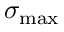
\sigma _ { \mathrm { m a x } }